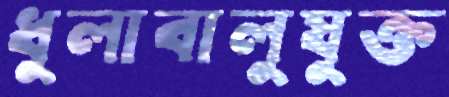
ধুলাবালুযুক্ত